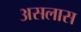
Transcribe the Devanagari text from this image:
असलास